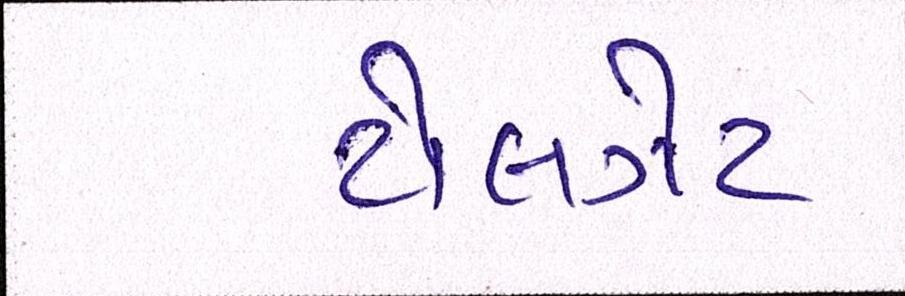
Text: ટોલગેટ